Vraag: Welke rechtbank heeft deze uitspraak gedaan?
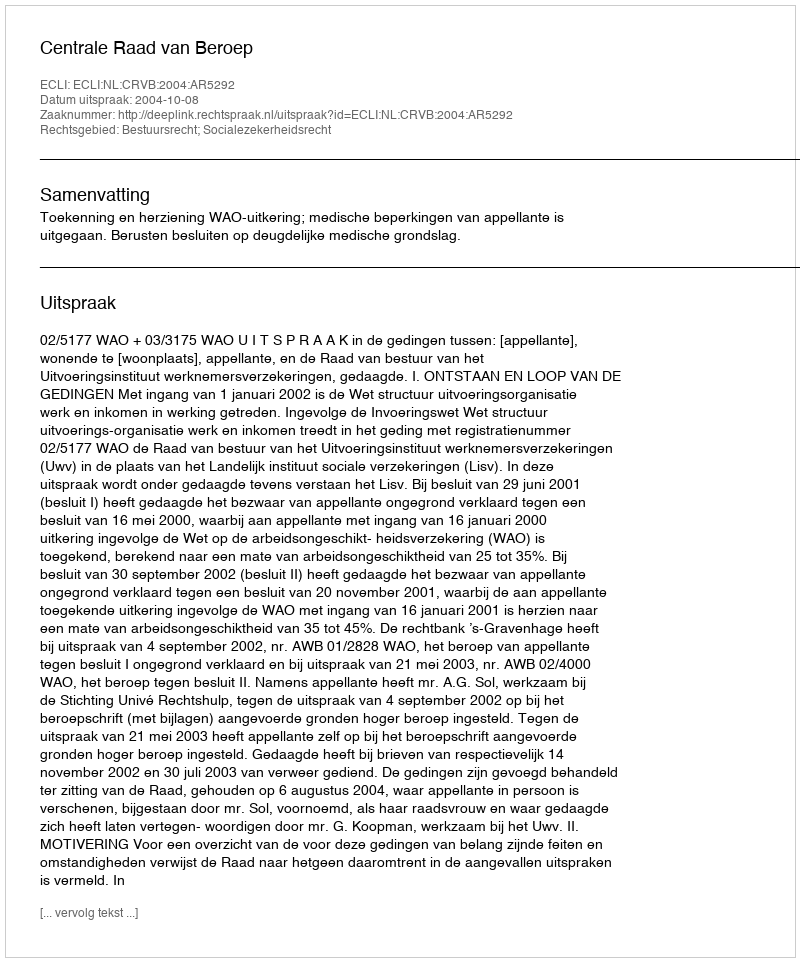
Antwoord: Centrale Raad van Beroep